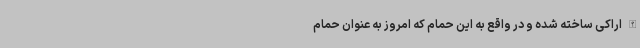
الله اراکی ساخته شده و در واقع به این حمام که امروز به عنوان حمام